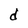
Character: d